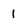
Character: 1